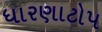
ધારણાટોપ